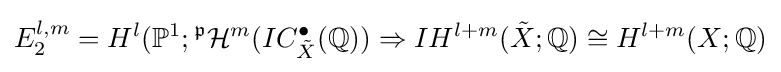
E_{2}^{l,m}=H^{l}(\mathbb {P} ^{1};{}^{\mathfrak {p}}{\mathcal {H}}^{m}(IC_{\tilde {X}}^{\bullet }(\mathbb {Q} ))\Rightarrow IH^{l+m}({\tilde {X}};\mathbb {Q} )\cong H^{l+m}(X;\mathbb {Q} )